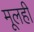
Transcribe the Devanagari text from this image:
मूलही